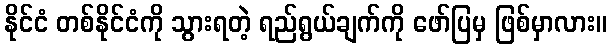
နိုင်ငံ တစ်နိုင်ငံကို သွားရတဲ့ ရည်ရွယ်ချက်ကို ဖော်ပြမှ ဖြစ်မှာလား။